Lunatic asylums in Bengal annual reports 1888-1898 - 1888-1898
Year: 1888
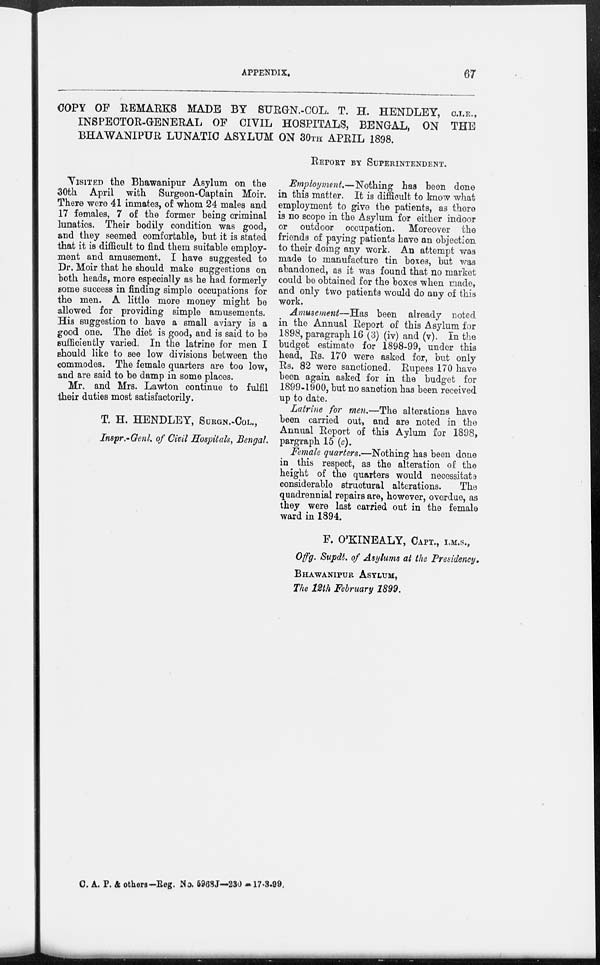
APPENDIX.
67
COPY OF REMARKS MADE BY SURGN.-COL. T. H. HENDLEY, C.I.E.,
INSPEOTOR-GENERAL OF CIVIL HOSPITALS, BENGAL, ON THE
BHAWANIPUR LUNATIC ASYLUM ON 30TH APRIL 1898.
VISITED the Bhawanipur Asylum on the
30th April with Surgeon-Captain Moir.
There were 41 inmates, of whom 24 males and
17 females, 7 of the former being criminal
lunatics. Their bodily condition was good,
and they seemed comfortable, but it is stated
that it is difficult to find them suitable employ-
ment and amusement. I have suggested to
Dr. Moir that he should make suggestions on
both heads, more especially as he had formerly
some success in finding simple occupations for
the men. A little more money might be
allowed for providing simple amusements.
His suggestion to have a small aviary is a
good one. The diet is good, and is said to be
sufficiently varied. In the latrine for men I
should like to see low divisions between the
commodes. The female quarters are too low,
and are said to be damp in some places.
Mr. and Mrs. Lawton continue to fulfil
their duties most satisfactorily.
T. H. HENDLEY, SURGN.-COL.,
Inspr.-Genl. of Civil Hospitals, Bengal.
REPORT BY SUPERINTENDENT.
Employment.—Nothing has been done
in this matter. It is difficult to know what
employment to give the patients, as there
is no scope in the Asylum for either indoor
or outdoor occupation. Moreover the
friends of paying patients have an objection
to their doing any work. An attempt was
made to manufacture tin boxes, but was
abandoned, as it was found that no market
could be obtained for the boxes when made,
and only two patients would do any of this
work.
Amusement—Has been already noted
in the Annual Report of this Asylum for
1898, paragraph 16 (3) (iv) and (v). In the
budget estimate for 1898-99, under this
head, Rs. 170 were asked for, but only
Rs. 82 were sanctioned. Rupees 170 have
been again asked for in the budget for
1899-1900, but no sanction has been received
up to date.
Latrine for men.—The alterations have
been carried out, and are noted in the
Annual Report of this Aylum for 1898,
pargraph 15 (c).
Female quarters.—Nothing has been done
in this respect, as the alteration of the
height of the quarters would necessitate
considerable structural alterations.
The
quadrennial repairs are, however, overdue, as
they were last carried out in the female
ward in 1894.
F. O'KINEALY, CAPT., I.M.S.,
Offg. Supdt. of Asylums at the Presidency.
BHAWANIPUR ASYLUM,
The 12th February 1899.
C. A. P. & others-Reg. No. 5968J—230 -17-3-90.